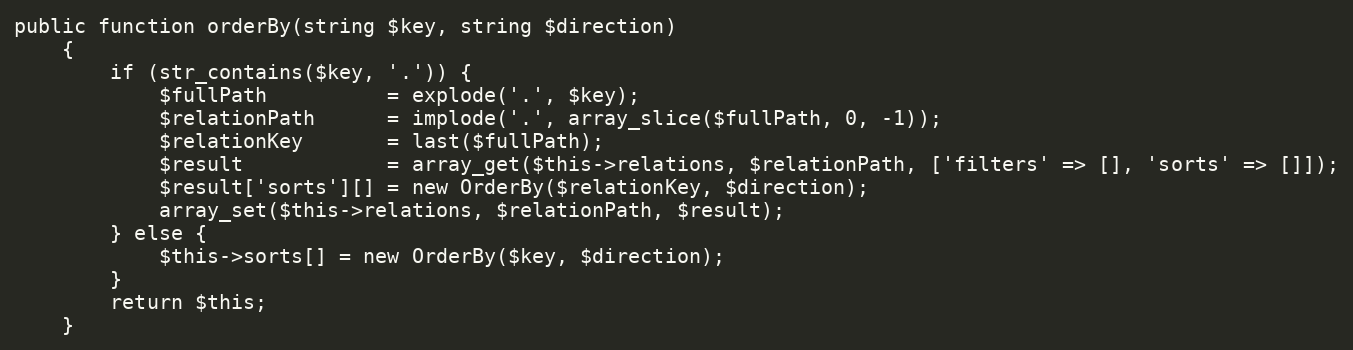
Language: PHP
public function orderBy(string $key, string $direction)
    {
        if (str_contains($key, '.')) {
            $fullPath          = explode('.', $key);
            $relationPath      = implode('.', array_slice($fullPath, 0, -1));
            $relationKey       = last($fullPath);
            $result            = array_get($this->relations, $relationPath, ['filters' => [], 'sorts' => []]);
            $result['sorts'][] = new OrderBy($relationKey, $direction);
            array_set($this->relations, $relationPath, $result);
        } else {
            $this->sorts[] = new OrderBy($key, $direction);
        }
        return $this;
    }